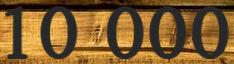
10 000